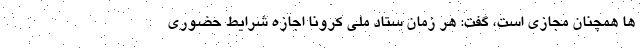
ها همچنان مجازی است، گفت: هر زمان ستاد ملی کرونا اجازه شرایط حضوری